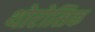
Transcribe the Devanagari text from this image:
थोरोसिक